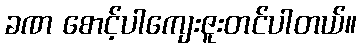
ခဏ စောင့်ပါကျေးဇူးတင်ပါတယ်။